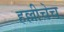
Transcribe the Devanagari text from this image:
हल्लीचेच